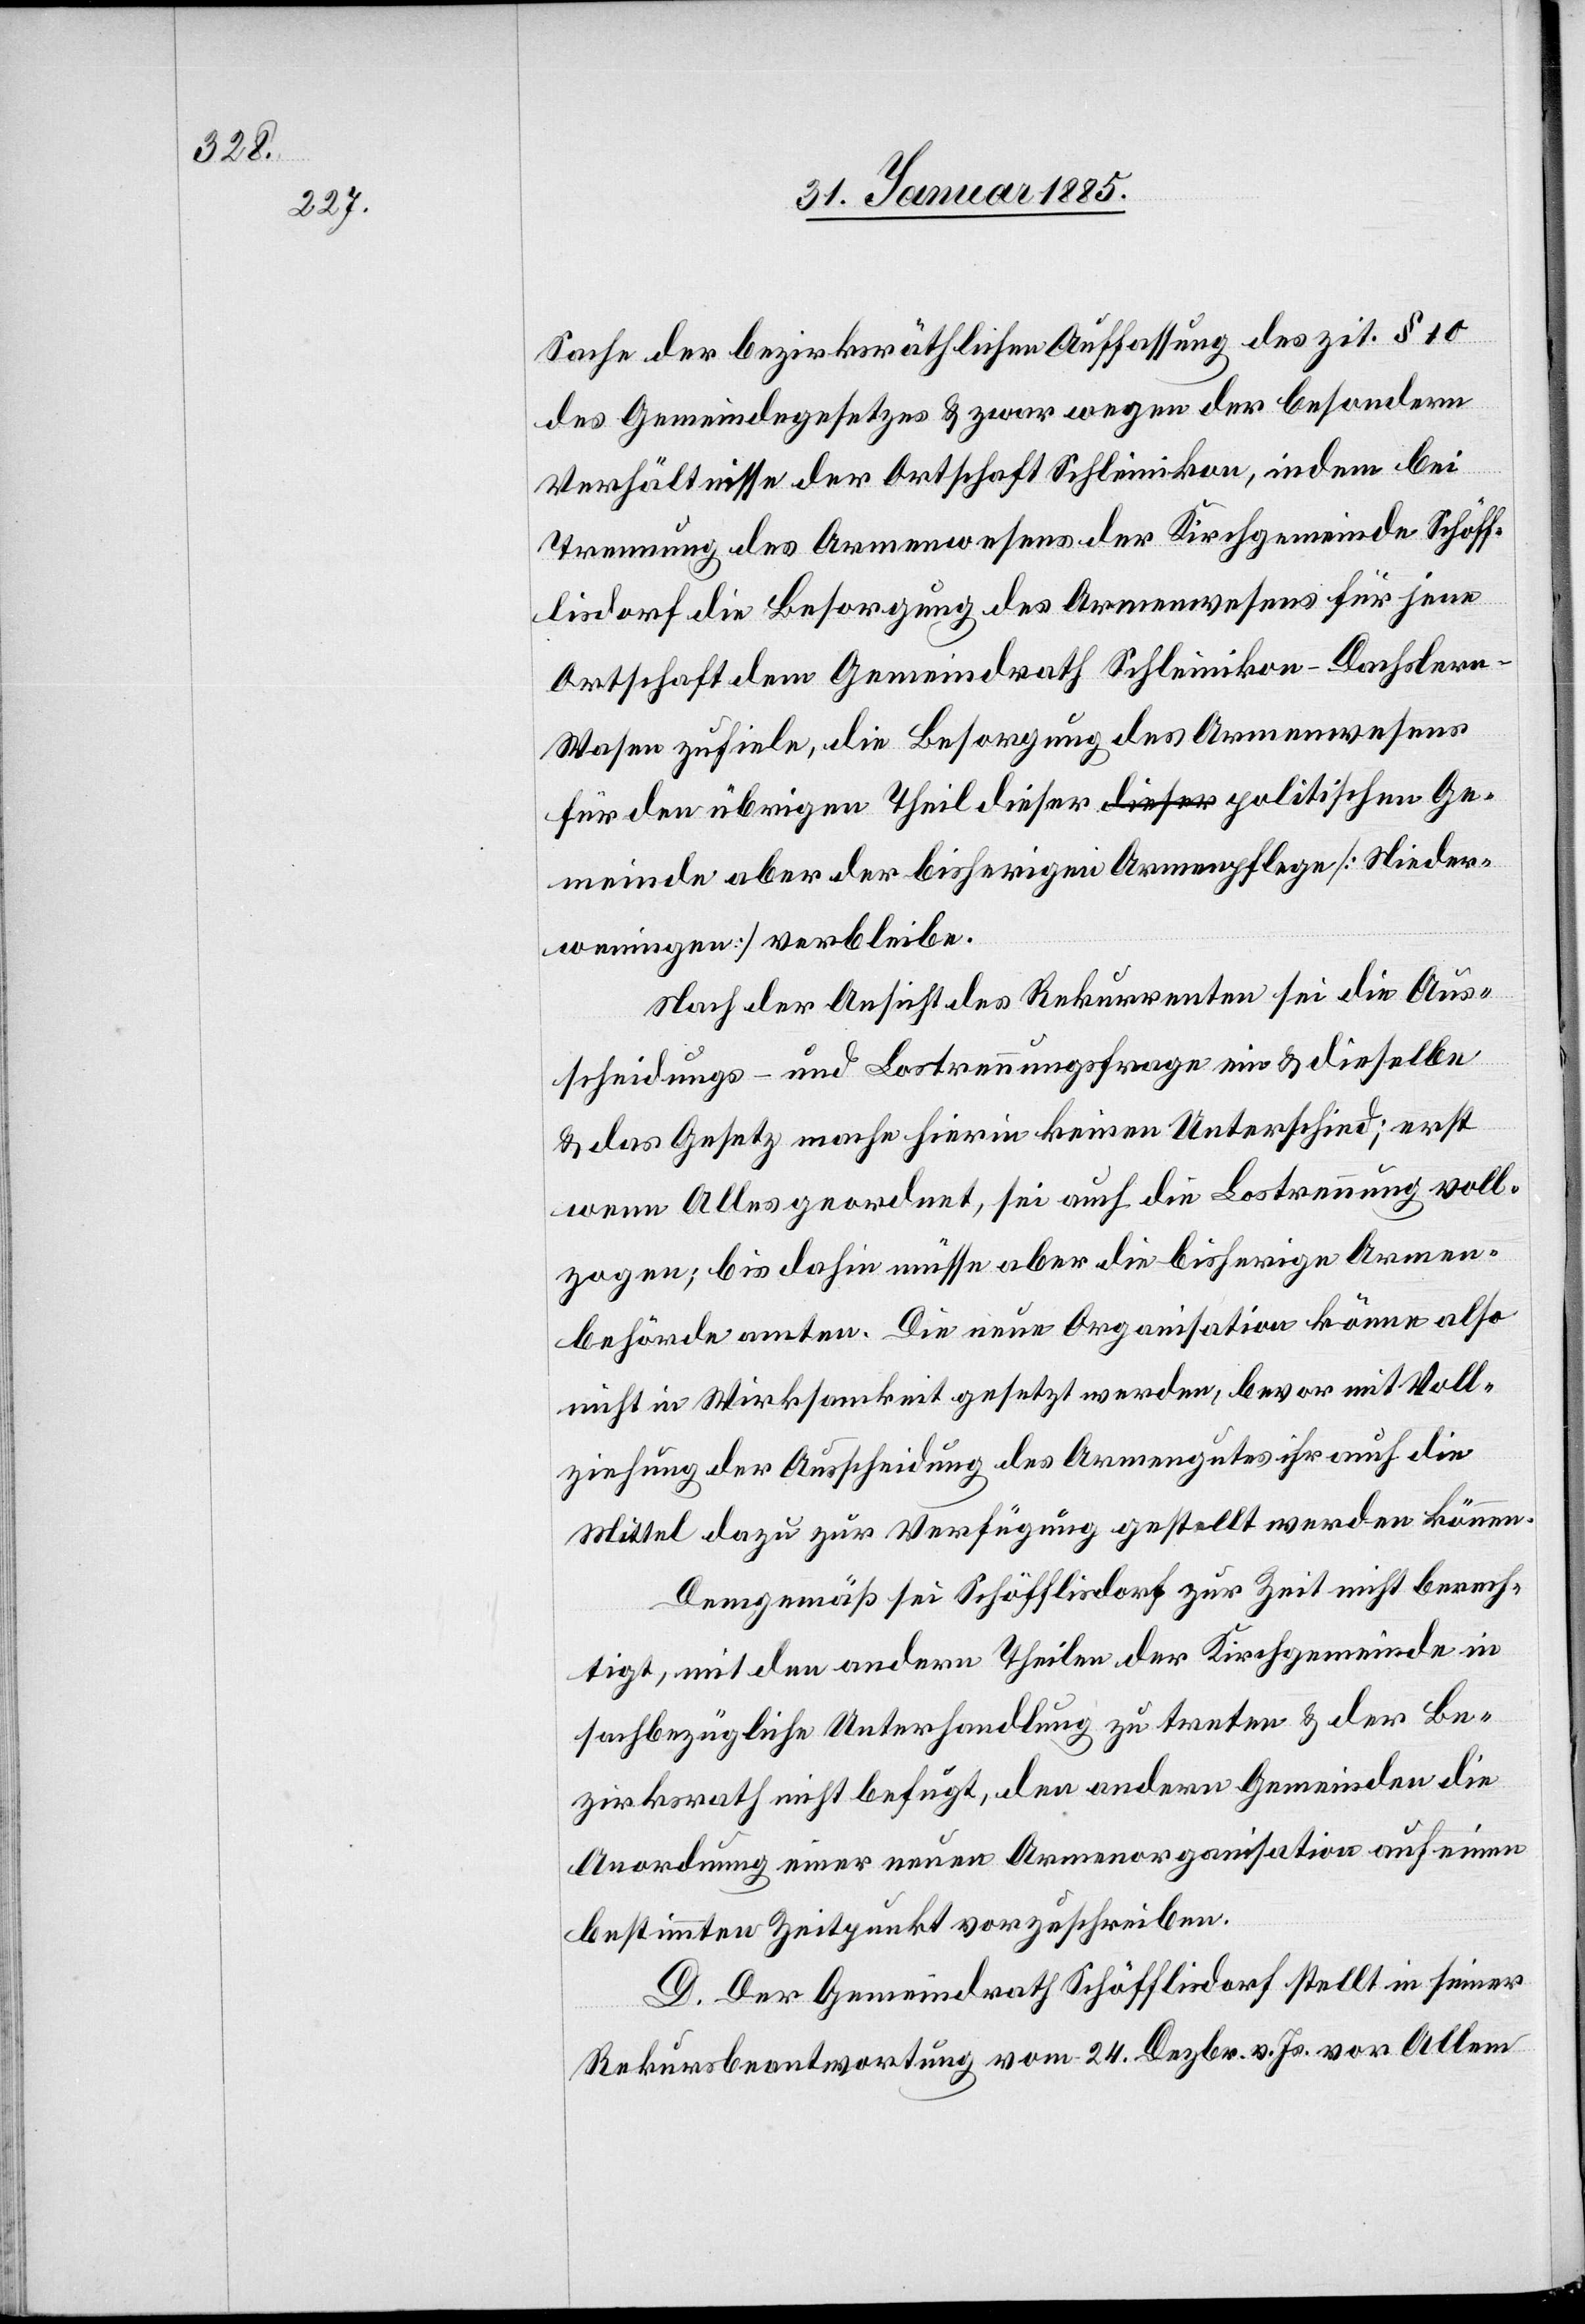
[Nieder¬

Sache der bezirksräthlichen Auffassung des zit. § 10
des Gemeindegesetzes & zwar wegen der besondern
Verhältnisse der Ortschaft Schleinikon, indem bei
Trennung des Armenwesens der Kirchgemeinde Schöff¬
lisdorf die Besorgung des Armenwesens für jene
Ortschaft dem Gemeindrath Schleinikon-Dachsler¬
n-Wasen zufiele, die Besorgung des Armenwesens
für den übrigen Theil dieser politischen Gemeinde aber
weningen] verbleibe.
Nach der Ansicht des Rekurrenten sei die Aus¬
scheidungs- und Lostrennungsfrage ein & dieselbe
& das Gesetz mache hierin keinen Unterschied; erst
wenn Alles geordnet, sei auch die Lostrennung voll¬
zogen; bis dahin müsse aber die bisherige Armen¬
behörde amten. Die neue Organisation könne also
nicht in Wirksamkeit gesetzt werden, bevor mit Voll¬
ziehung der Ausscheidung des Armengutes ihr auch die
Mittel dazu zur Verfügung gestellt werden können.
Demgemäß sei Schöfflisdorf zur Zeit nicht berech¬
tigt, mit den andern Theilen der Kirchgemeinde in
sachbezügliche Unterhandlung zu treten & der Be¬
zirksrath nicht befugt, den andern Gemeinden die
Anordnung einer neuen Armenorganisation auf einen
bestimmten Zeitpunkt vorzuschreiben.
D. Der Gemeindrath Schöfflisdorf stellt in seiner
Rekursbeantwortung vom 24. Dezbr. v. Js. vor Allem